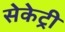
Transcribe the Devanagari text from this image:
सेकेट्री